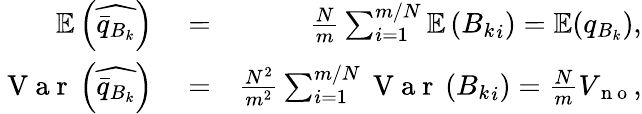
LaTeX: \begin{array}{rlr}{\mathbb{E}\left(\widehat{\bar{q}_{B_{k}}}\right)}&{{}=}&{\frac{N}{m}\sum_{i=1}^{m/N}\mathbb{E}\left({B_{k}}_{i}\right)=\mathbb{E}(q_{B_{k}}),}\\ {\mathrm{~V~a~r~}\left(\widehat{\bar{q}_{B_{k}}}\right)}&{{}=}&{\frac{N^{2}}{m^{2}}\sum_{i=1}^{m/N}\mathrm{~V~a~r~}\left({B_{k}}_{i}\right)=\frac{N}{m}V_{\mathrm{~n~o~}},}\end{array}